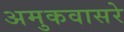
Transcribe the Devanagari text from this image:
अमुकवासरे